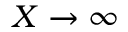
X \to \infty